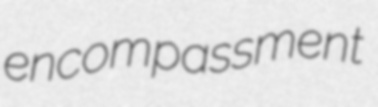
encompassment